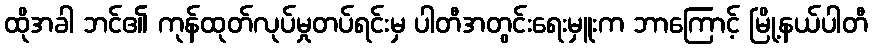
ထိုအခါ ဘင်၏ ကုန်ထုတ်လုပ်မှုတပ်ရင်းမှ ပါတီအတွင်းရေးမှူးက ဘာကြောင့် မြို့နယ်ပါတီ